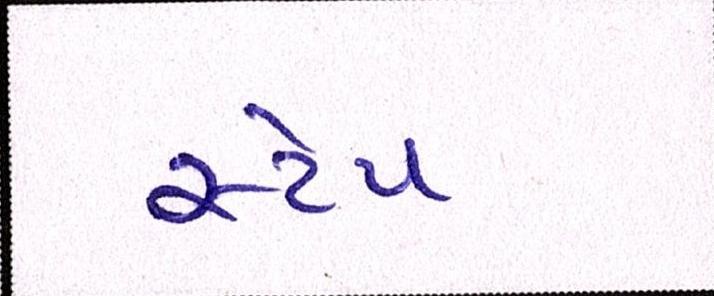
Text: સ્ટેપ